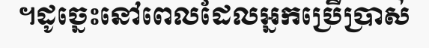
។ដូច្នេះនៅពេលដែលអ្នកប្រើប្រាស់